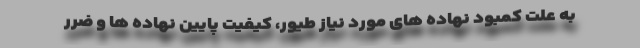
به علت کمبود نهاده های مورد نیاز طیور، کیفیت پایین نهاده ها و ضرر